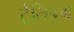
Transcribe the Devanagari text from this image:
ट्रेनिङ्ग